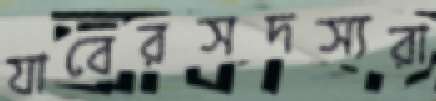
যাবেরসদস্যরা